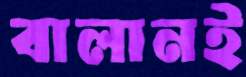
বালানই